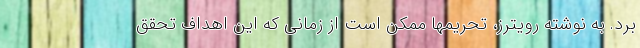
برد. به نوشته رویترز، تحریمها ممکن است از زمانی که این اهداف تحقق